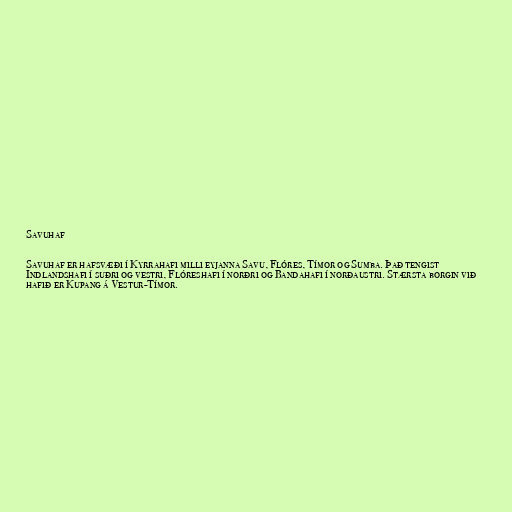
Savuhaf

Savuhaf er hafsvæði í Kyrrahafi milli eyjanna Savu, Flóres, Tímor og Sumba. Það tengist
Indlandshafi í suðri og vestri, Flóreshafi í norðri og Bandahafi í norðaustri. Stærsta borgin við
hafið er Kupang á Vestur-Tímor.